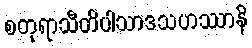
စတုရာသီတိပါသာဒသဟဿာနိ